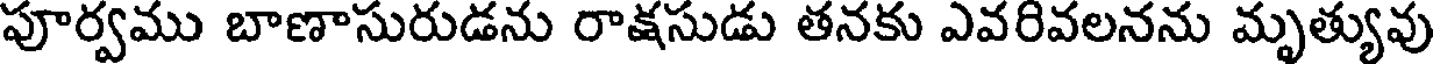
పూర్వము బాణాసురుడను రాక్షసుడు తనకు ఎవరివలనను మృత్యువు